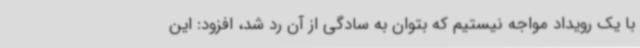
با یک رویداد مواجه نیستیم که بتوان به سادگی از آن رد شد، افزود: این